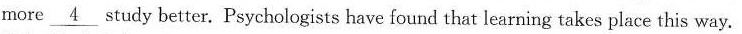
more \underline{4} study better. Psychologists have found that learning takes place this way.